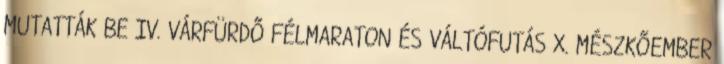
MUTATTÁK BE IV. VÁRFÜRDŐ FÉLMARATON ÉS VÁLTÓFUTÁS X. MÉSZKŐEMBER